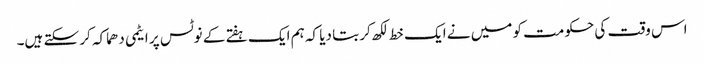
اس وقت کی حکومت کو میں نے ایک خط لکھ کر بتا دیا کہ ہم ایک ہفتے کے نوٹس پر ایٹمی دھماکہ کر سکتے ہیں۔